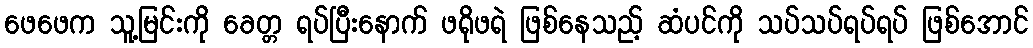
ဖေဖေက သူ့မြင်းကို ခေတ္တ ရပ်ပြီးနောက် ဖရိုဖရဲ ဖြစ်နေသည့် ဆံပင်ကို သပ်သပ်ရပ်ရပ် ဖြစ်အောင်